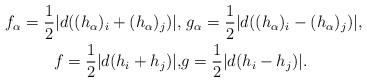
LaTeX: \begin{align*}f_\alpha = \frac 12 |d((h_\alpha)_i+(h_\alpha)_j)| , & \ g_\alpha= \frac 12 |d((h_\alpha)_i-(h_\alpha)_j)|,\\ f = \frac 12|d(h_i+h_j)|, & g=\frac 12 |d(h_i-h_j)|.\end{align*}